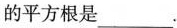
的平方根是___.